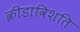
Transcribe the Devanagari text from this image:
क्रीडाविंशति